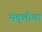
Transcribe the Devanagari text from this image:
संकृतीचा